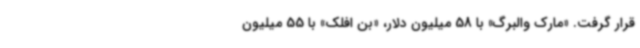
قرار گرفت. «مارک والبرگ» با 58 میلیون دلار، «بن افلک» با 55 میلیون